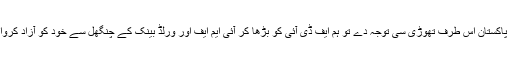
اگر حکومت ِ پاکستان اس طرف تھوڑی سی توجہ دے تو ہم ایف ڈی آئی کو بڑھا کر آئی ایم ایف اور ورلڈ بینک کے چنگھل سے خود کو آزاد کروا سکتے ہیں ۔